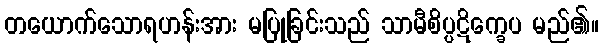
တယောက်သောရဟန်းအား မပြုခြင်းသည် သာမီစိပ္ပဋိက္ခေပ မည်၏။